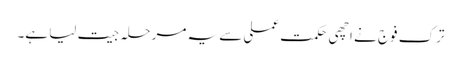
ترک فوج نے اچھی حکمت عملی سے یہ مرحلہ جیت لیا ہے۔